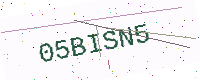
Text: 05BISN5